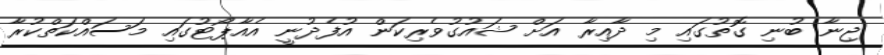
ޖިނާ ބުނި ގޮތުގައި މި ދާއިރާ އަށް ޝައުގުވެރިކަން އުފެދުނީ އެއާޕޯޓުގައި މަސައްކަތްކުރާ